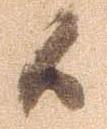
候